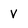
Character: V